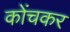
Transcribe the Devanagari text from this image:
कोंचकर